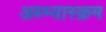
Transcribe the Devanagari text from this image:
अब्भ्यास्क्रम